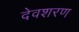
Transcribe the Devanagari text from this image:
देवशरण